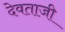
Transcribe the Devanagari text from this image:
देवताजी